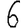
Digit: 6